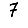
Digit: 7